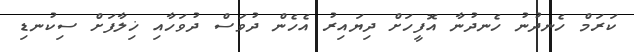
ކަރަމް ހެނދުނު ހެނދުނާ އޮފީހަށް ދިޔައިރު އެހެން ދުވަސް ދުވަހާއި ޚިލާފަށް ސިކުނޑި